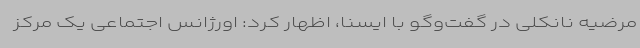
مرضیه نانکلی در گفت‌وگو با ایسنا، اظهار کرد: اورژانس اجتماعی یک مرکز